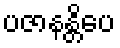
ပဇာနန္တိပေ